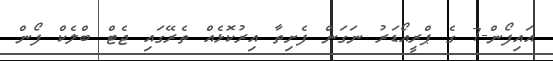
އައިފޯން-7 ގެ ޕްރީއޯޑަރު ނަގަން ފެށިތާ އިރުކޮޅެއް ތެރޭގައި ޖެޓް ބްލެކް ފޯން